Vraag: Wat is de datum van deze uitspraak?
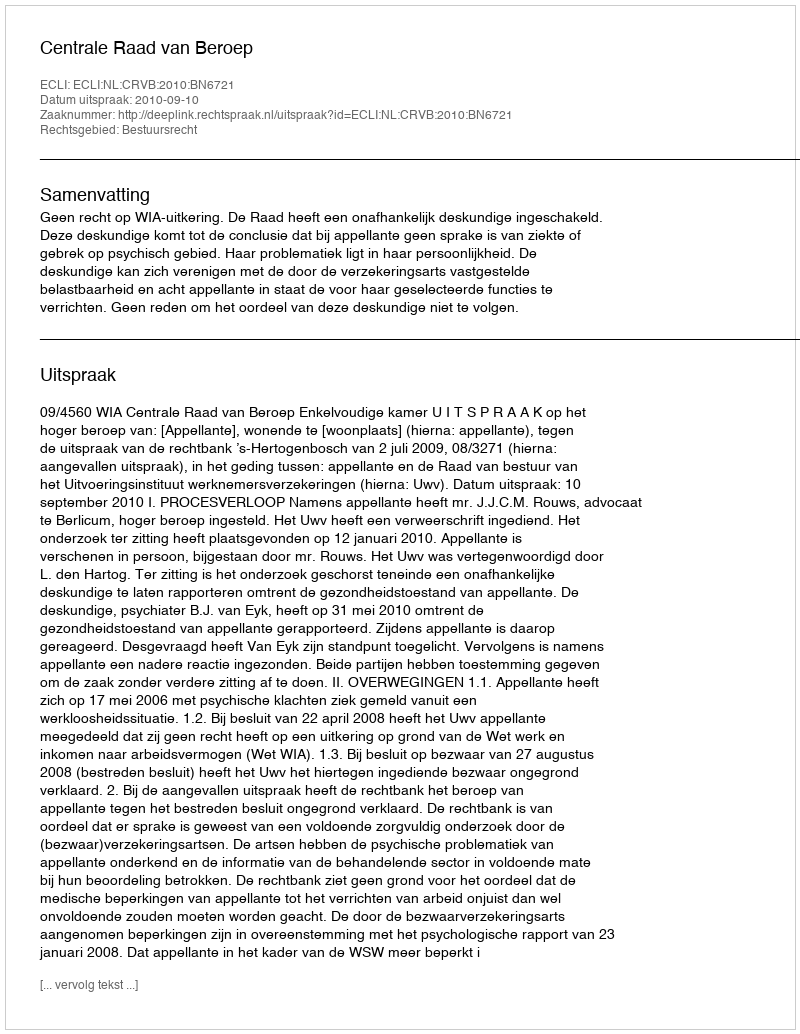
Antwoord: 2010-09-10